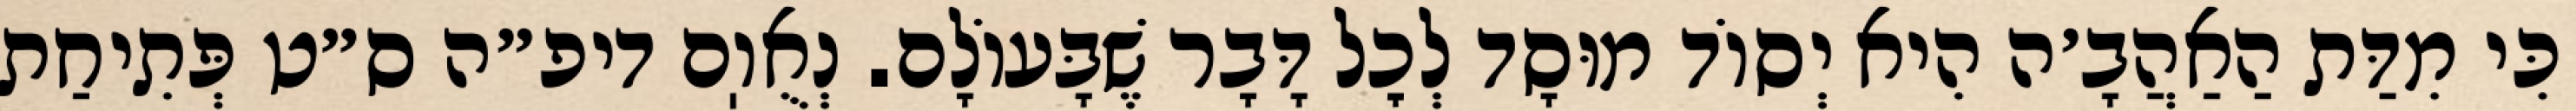
כִּי מִדַּת הַאַהֲבָ׳ה הִיא יְסוֹד מוּסָד לְכׇל דָּבָר שֶׁבָּעוֹלָם. נְאֻוֽם דיפ״ה ס״ט פְּתִיחַת